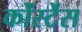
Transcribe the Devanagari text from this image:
कोंस्टेंस